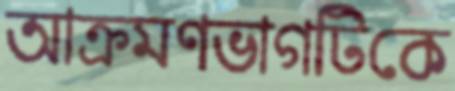
আক্রমণভাগটিকে